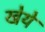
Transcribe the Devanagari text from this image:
खेये